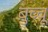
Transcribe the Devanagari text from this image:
बुच्चू